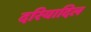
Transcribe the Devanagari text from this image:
दरियादिल